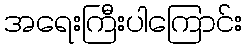
အရေးကြီးပါကြောင်း